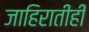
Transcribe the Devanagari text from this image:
जाहिरातीही